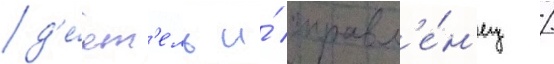
д'е́ят'ель и́ управл'е́н'ец /